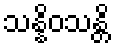
သန္နိဝသန္တိ